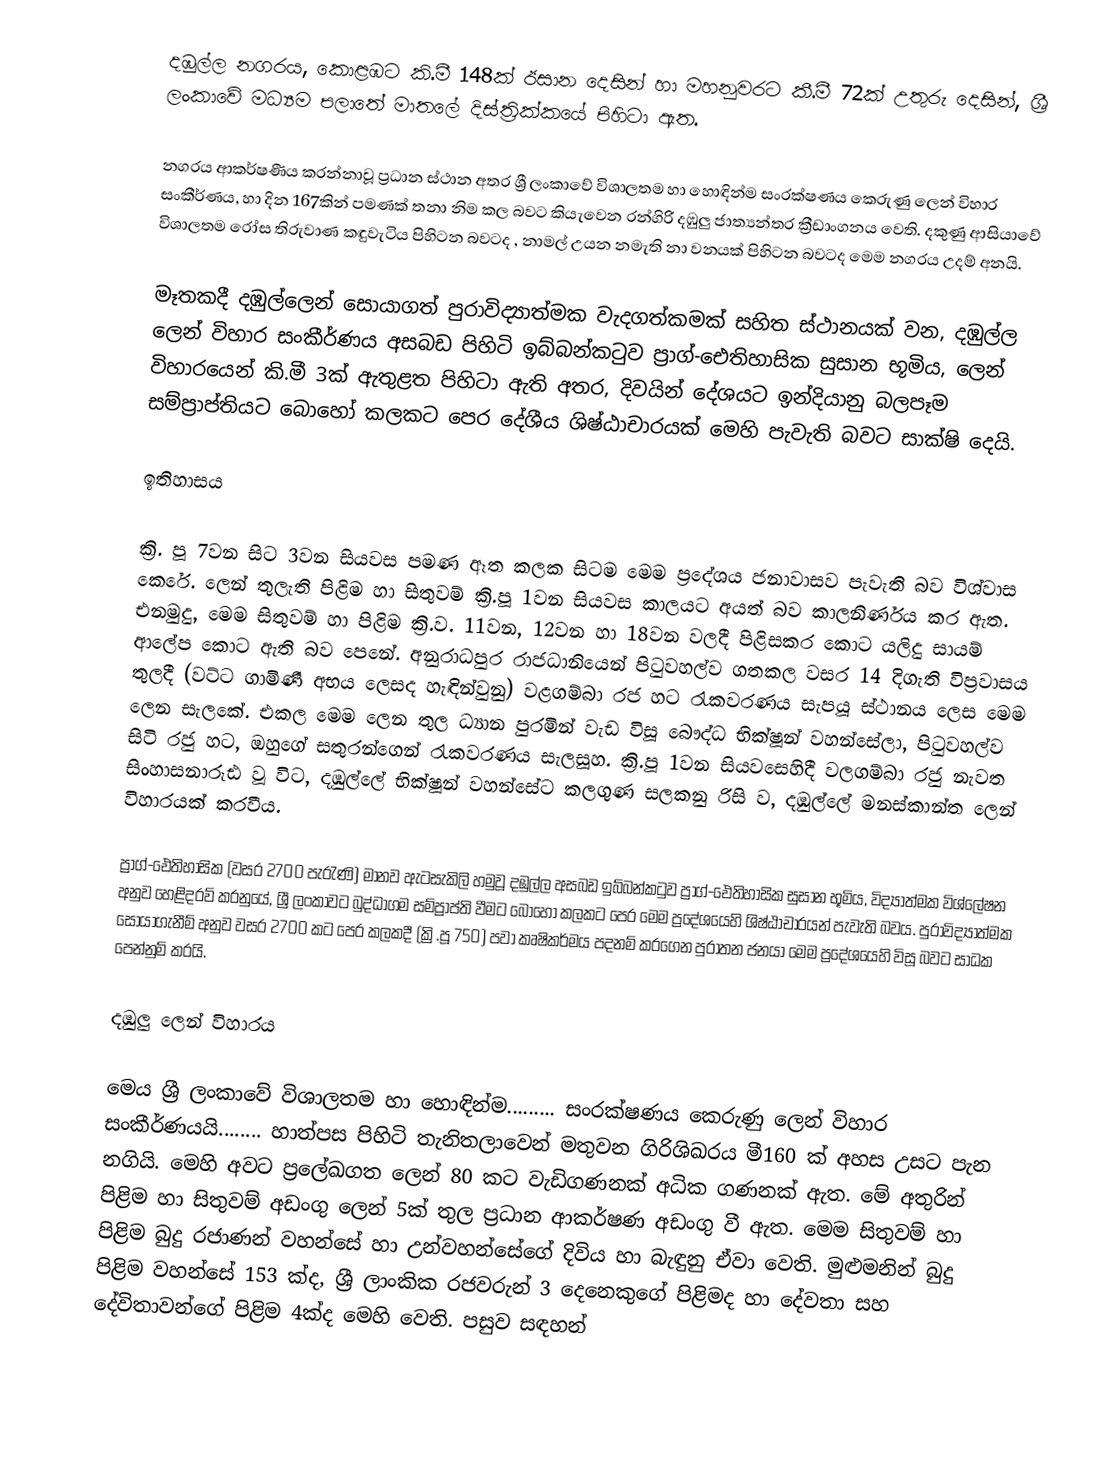
දඹුල්ල නගරය, කොළඹට කි.මී 148ක් ඊසාන දෙසින් හා  මහනුවරට කී.මී 72ක් උතුරු දෙසින්, ශ්‍රී ලංකාවේ මධ්‍යම පලාතේ මාතලේ දිස්ත්‍රික්කයේ පිහිටා ඇත.

නගරය ආකර්ෂණීය කරන්නාවූ ප්‍රධාන ස්ථාන අතර ශ්‍රී ලංකාවේ විශාලතම හා හොඳින්ම සංරක්ෂණය කෙරුණු ලෙන් විහාර සංකීර්ණය, හා දින 167කින්   පමණක් තනා නිම කල බවට කියැවෙන රන්ගිරි දඹුලු ජාත්‍යන්තර ක්‍රීඩාංගනය වෙති. දකුණු ආසියාවේ විශාලතම රෝස තිරුවාණ කඳුවැටිය පිහිටන බවටද ,  නාමල් උයන නමැති නා වනයක් පිහිටන බවටද මෙම නගරය උදම් අනයි.

මෑතකදී දඹුල්ලෙන් සොයාගත් පුරාවිද්‍යාත්මක වැදගත්කමක් සහිත ස්ථානයක් වන,  දඹුල්ල ලෙන් විහාර සංකීර්ණය අසබඩ පිහිටි ඉබ්බන්කටුව ප්‍රාග්-‍ඓතිහාසික සුසාන භූමිය, ලෙන් විහාරයෙන් කි.මී 3ක් ඇතුළත පිහිටා ඇති අතර, දිවයින් දේශයට ඉන්දියානු බලපෑම සම්ප්‍රාප්තියට බොහෝ කලකට පෙර දේශීය ශිෂ්ඨාචාරයක් මෙහි පැවැති බවට සාක්ෂි දෙයි.

ඉතිහාසය

ක්‍රි. පූ 7වන සිට 3වන සියවස පමණ ඈත කලක සිටම මෙම ප්‍රදේශය ජනාවාසව පැවැති බව විශ්වාස කෙරේ. ලෙන් තුලැති පිළිම හා සිතුවම් ක්‍රි.පූ 1වන සියවස කාලයට අයත් බව කාලනිර්ණය කර ඇත. එනමුදු, මෙම සිතුවම් හා පිළිම ක්‍රි.ව. 11වන, 12වන හා 18වන  වලදී පිළිසකර කොට යලිදු සායම් ආලේප කොට ඇති බව පෙනේ. අනුරාධපුර රාජධානියෙන් පිටුවහල්ව ගතකල වසර 14 දිගැති විප්‍රවාසය තුලදී (වට්ට ගාමිණී අභය‍ ලෙසද හැඳින්වුනු) වළගම්බා රජ හට රැකවරණය සැපයූ ස්ථානය ලෙස මෙම ලෙන සැලකේ. එකල මෙම ලෙන තුල ධ්‍යාන පුරමින් වැඩ විසූ ‍බෞද්ධ භික්ෂූන් වහන්සේලා, පිටුවහල්ව සිටි රජු හට, ඔහුගේ සතුරන්ගෙන් රැකවරණය සැලසූහ. ක්‍රි.පූ 1වන සියවසෙහිදී වලගම්බා රජු නැවත සිංහාසනාරූඪ වූ විට, දඹුල්ලේ භික්ෂූන් වහන්සේට කලගුණ සලකනු රිසි ව, දඹුල්ලේ මනස්කාන්ත ලෙන් විහාරයක් කරවීය.

ප්‍රාග්-ඓතිහාසික (වසර 2700 පැරැණි) මානව ඇටසැකිලි හමුවූ දඹුල්ල අසබඩ ඉබ්බන්කටුව ප්‍රාග්-ඓතිහාසික සුසාන භූමිය,  විද්‍යාත්මක විශ්ලේෂන අනුව හෙළිදරව් කරනුයේ, ශ්‍රී ලංකාවට බුද්ධාගම සම්ප්‍රාප්ති වීමට බොහෝ කලකට පෙර මෙම ප්‍රදේශයෙහි ශිෂ්ඨාචාරයන් පැවැති බවය. පුරාවිද්‍යාත්මක සොයාගැනීම් අනුව වසර 2700 කට පෙර කලකදී (ක්‍රි.පූ 750) පවා කෘෂිකර්මය පදනම් කරගෙන පුරාතන ජනයා මෙම ප්‍රදේශයෙහි විසූ බවට සාධක පෙන්නුම් කරයි.

දඹුලු ලෙන් විහාරය

මෙය ශ්‍රී ලංකාවේ විශාලතම හා හොඳින්ම......... සංරක්ෂණය කෙරුණු ලෙන් විහාර සංකීර්ණයයි........ හාත්පස පිහිටි තැනිතලාවෙන් මතුවන ගිරිශිඛරය මී160 ක් අහස උසට පැන නගියි. මෙහි අවට ප්‍රලේඛගත ලෙන් 80 කට වැඩිගණනක් අධික ගණනක් ඇත. මේ අතුරින් පිළිම හා සිතුවම් අඩංගු ලෙන් 5ක් තුල ප්‍රධාන ආකර්ෂණ අඩංගු වී ඇත. මෙම සිතුවම් හා පිළිම    බුදු රජාණන් වහන්සේ හා උන්වහන්සේගේ දිවිය හා බැඳුනු ඒවා වෙති. මුළුමනින්  බුදු පිළිම වහන්සේ 153 ක්ද, ශ්‍රී ලාංකික රජවරුන් 3 දෙනෙකුගේ පිළිමද හා  දේවතා සහ දේවිතාවන්ගේ පිළිම 4ක්ද මෙහි වෙති. පසුව සඳහන්